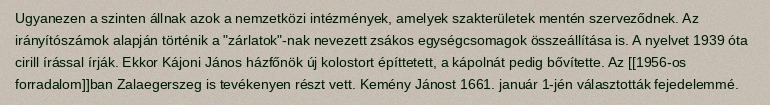
Ugyanezen a szinten állnak azok a nemzetközi intézmények, amelyek szakterületek mentén szerveződnek. Az irányítószámok alapján történik a "zárlatok"-nak nevezett zsákos egységcsomagok összeállítása is. A nyelvet 1939 óta cirill írással írják. Ekkor Kájoni János házfőnök új kolostort építtetett, a kápolnát pedig bővítette. Az [[1956-os forradalom]]ban Zalaegerszeg is tevékenyen részt vett. Kemény Jánost 1661. január 1-jén választották fejedelemmé.